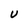
Character: U